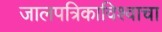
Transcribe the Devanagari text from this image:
जालपत्रिकाविश्वाचा